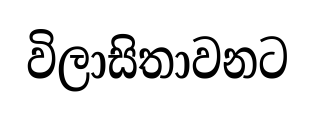
විලාසිතාවනට